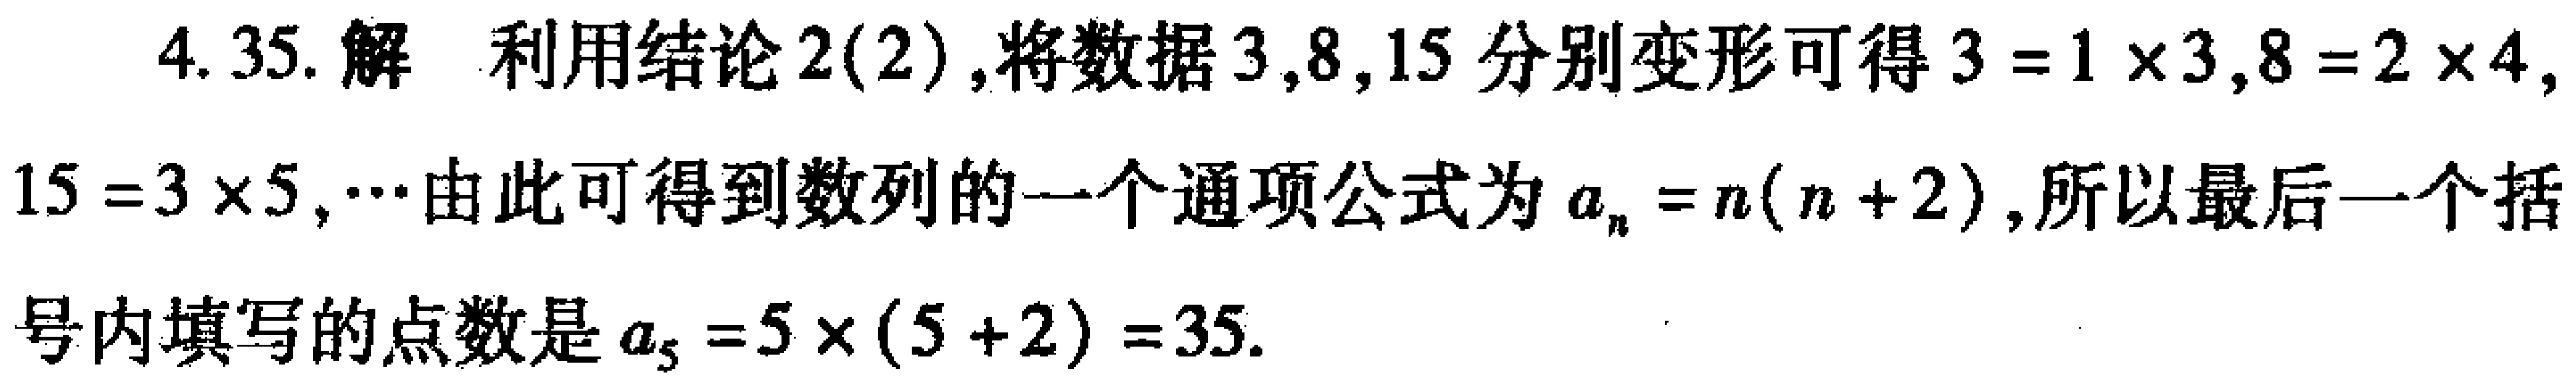
4.35. 解 利用结论2(2),将数据3,8,15分别变形可得\(3 = 1\times3\),\(8 = 2\times4\),\(15 = 3\times5\),\(\cdots\)由此可得到数列的一个通项公式为\(a_{n}=n(n + 2)\),所以最后一个括号内填写的点数是\(a_{5}=5\times(5 + 2)=35\).